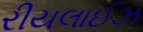
રીયલાઈઝ